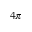
4 \pi